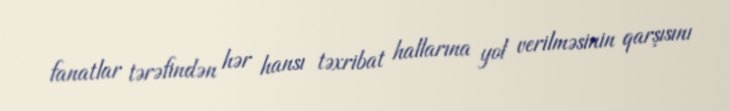
fanatlar tərəfindən hər hansı təxribat hallarına yol verilməsinin qarşısını